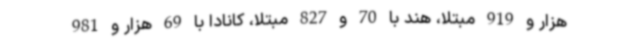
هزار و 919 مبتلا، هند با 70 و 827 مبتلا، کانادا با 69 هزار و 981